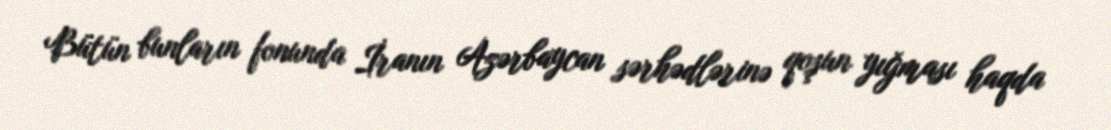
Bütün bunların fonunda İranın Azərbaycan sərhədlərinə qoşun yığması haqda